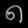
Digit: ၈